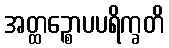
အတ္ထဉ္စောပပရိက္ခတိ